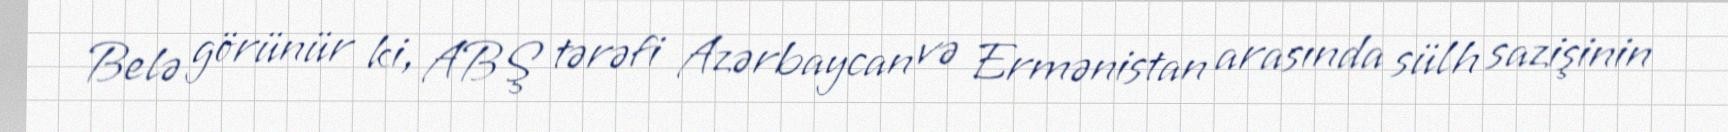
Belə görünür ki, ABŞ tərəfi Azərbaycan və Ermənistan arasında sülh sazişinin